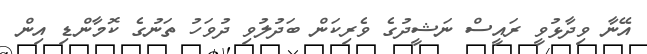
އޭނާ ވިދާޅުވީ ރައީސް ނަޝީދުގެ ވެރިކަން ބަދުލުވި ދުވަހު ތަނުގެ ކޮމާންޑި އިން